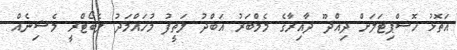
އަތޮޅު ހޮސްޕިޓަލަށް ދިއްދޫ ދާއިރާގެ މެމްބަރު އަބްދު ލަތީފު މުހައްމަދު ލެބޯޓްރީ މެޝިނެއް